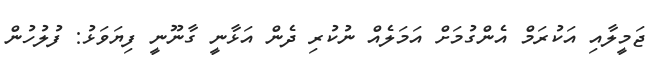
ޖަމީލާއި އަކުރަމް އެންގުމަށް އަމަލެއް ނުކުރި ދެން އަޅާނީ ގާނޫނީ ފިޔަވަޅު: ފުލުހުން